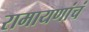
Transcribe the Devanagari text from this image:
रामायणांचं